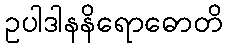
ဥပါဒါနနိရောဓောတိ